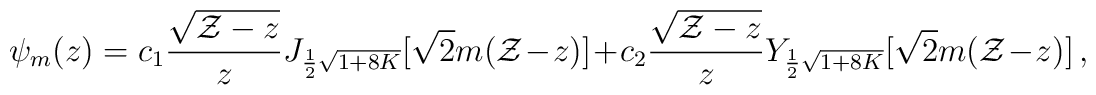
\psi_m(z) = c_1 {\sqrt{{\cal Z}-z} \over z}J_{{1\over 2}\sqrt{1+8K}}[\sqrt{2}m({\cal Z}-z)]+c_2 {\sqrt{{\cal Z}-z} \over z} Y_{{1\over 2}\sqrt{1+8K}}[\sqrt{2}m({\cal Z}-z)]\,,